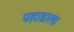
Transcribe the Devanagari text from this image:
पहाडाला